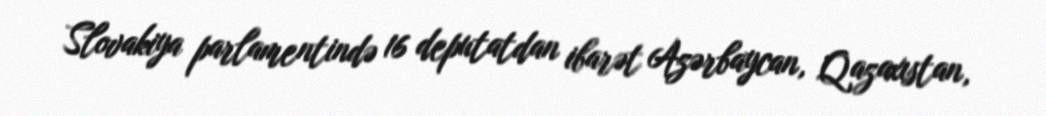
Slovakiya parlamentində 16 deputatdan ibarət Azərbaycan, Qazaxıstan,